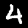
Label: 4